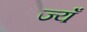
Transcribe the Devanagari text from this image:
ज्यँ